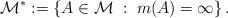
LaTeX: \begin{align*}\mathcal{M}^* := \left\{ A \in \mathcal{M} \;:\; m(A) = \infty \right\}.\end{align*}